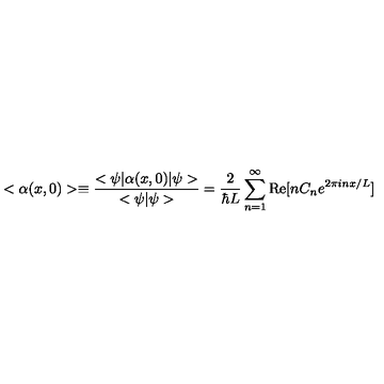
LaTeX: < \alpha ( x , 0 ) > \equiv { \frac { < \psi | \alpha ( x , 0 ) | \psi > } { < \psi | \psi > } } = { \frac { 2 } { \hbar L } } \sum _ { n = 1 } ^ { \infty } \mathrm { R e } [ n C _ { n } e ^ { 2 \pi i n x / L } ]